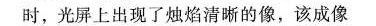
时，光屏上出现了烛焰清晰的像，该成像